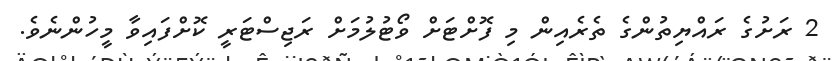
2 ރަށުގެ ރައްޔިތުންގެ ތެރެއިން މި ފޮށްޓަށް ވޯޓުލުމަށް ރަޖިސްޓަރީ ކޮށްފައިވާ މީހުންނެވެ.